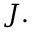
{ \boldsymbol { J } } .